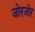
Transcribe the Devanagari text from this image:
जोरजोर